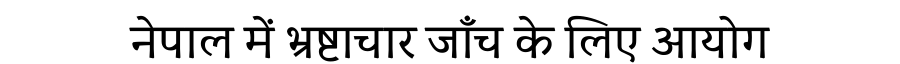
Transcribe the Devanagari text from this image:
नेपाल में भ्रष्टाचार जाँच के लिए आयोग